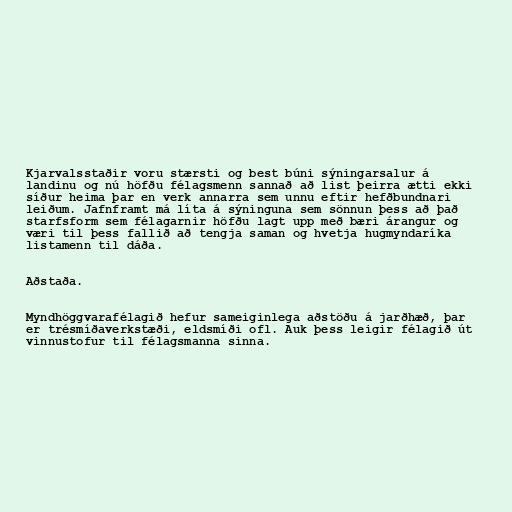
Kjarvalsstaðir voru stærsti og best búni sýningarsalur á
landinu og nú höfðu félagsmenn sannað að list þeirra ætti ekki
síður heima þar en verk annarra sem unnu eftir hefðbundnari
leiðum. Jafnframt má líta á sýninguna sem sönnun þess að það
starfsform sem félagarnir höfðu lagt upp með bæri árangur og
væri til þess fallið að tengja saman og hvetja hugmyndaríka
listamenn til dáða.

Aðstaða.

Myndhöggvarafélagið hefur sameiginlega aðstöðu á jarðhæð, þar
er trésmíðaverkstæði, eldsmíði ofl. Auk þess leigir félagið út
vinnustofur til félagsmanna sinna.